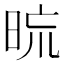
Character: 𣆖